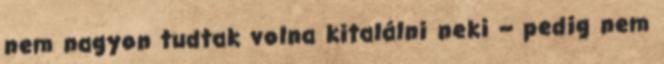
nem nagyon tudtak volna kitalálni neki – pedig nem